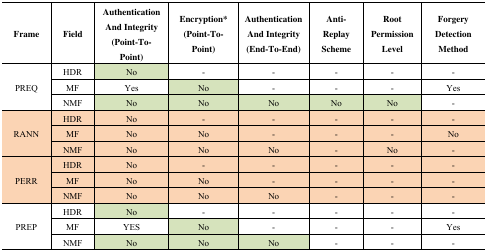
<table><thead><tr><td><b>Frame</b></td><td><b>Field</b></td><td><b>Authentication And Integrity (Point-To-Point)</b></td><td><b>Encryption* (Point-To-Point)</b></td><td><b>Authentication And Integrity (End-To-End)</b></td><td><b>Anti-Replay Scheme</b></td><td><b>Root Permission Level</b></td><td><b>Forgery Detection Method</b></td></tr></thead><tbody><tr><td rowspan="3">PREQ</td><td>HDR</td><td>No</td><td>-</td><td>-</td><td>-</td><td>-</td><td>-</td></tr><tr><td>MF</td><td>Yes</td><td>No</td><td>-</td><td>-</td><td>-</td><td>Yes</td></tr><tr><td>NMF</td><td>No</td><td>No</td><td>No</td><td>No</td><td>No</td><td>-</td></tr><tr><td rowspan="3">RANN</td><td>HDR</td><td>No</td><td>-</td><td>-</td><td>-</td><td>-</td><td>-</td></tr><tr><td>MF</td><td>No</td><td>No</td><td>-</td><td>-</td><td>-</td><td>No</td></tr><tr><td>NMF</td><td>No</td><td>No</td><td>No</td><td>-</td><td>No</td><td>-</td></tr><tr><td rowspan="3">PERR</td><td>HDR</td><td>No</td><td>-</td><td>-</td><td>-</td><td>-</td><td>-</td></tr><tr><td>MF</td><td>No</td><td>No</td><td>-</td><td>-</td><td>-</td><td>-</td></tr><tr><td>NMF</td><td>No</td><td>No</td><td>No</td><td>-</td><td>-</td><td>-</td></tr><tr><td rowspan="3">PREP</td><td>HDR</td><td>No</td><td>-</td><td>-</td><td>-</td><td>-</td><td>-</td></tr><tr><td>MF</td><td>YES</td><td>No</td><td>-</td><td>-</td><td>-</td><td>Yes</td></tr><tr><td>NMF</td><td>No</td><td>No</td><td>No</td><td>-</td><td>-</td><td>-</td></tr></tbody></table>